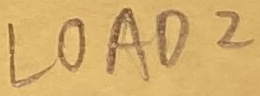
Text: LOAD2